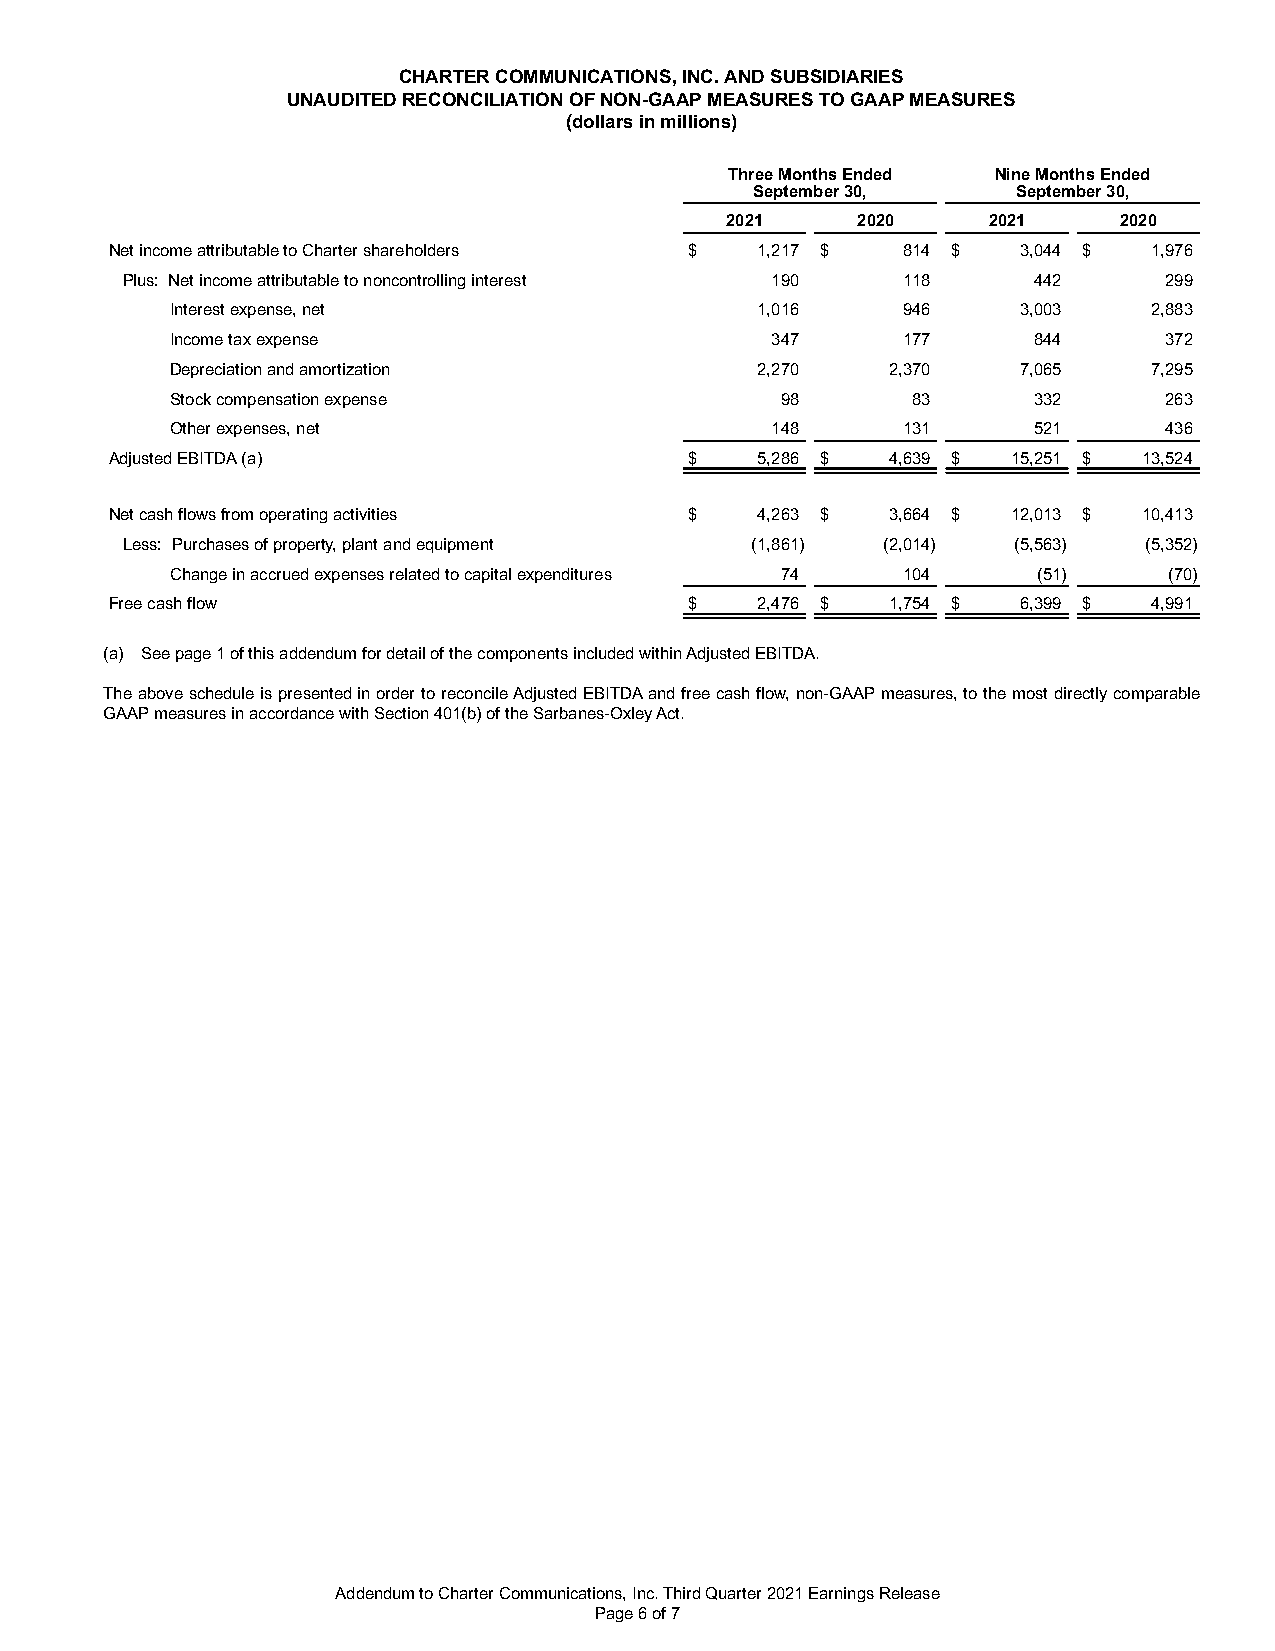
CHARTER COMMUNICATIONS, INC. AND SUBSIDIARIES
 UNAUDITED RECONCILIATION OF NON-GAAP MEASURES TO GAAP MEASURES
 (dollars in millions)
 Three Months Ended Nine Months Ended
 September 30,    September 30,
 2021     2020    2021     2020
 Net income attributable to Charter shareholders $ 1,217 $ 814 $ 3,044 $ 1,976
 Plus: Net income attributable to noncontrolling interest 190 118 442 299
 Interest expense, net                  1,016     946     3,003   2,883
 Income tax expense                      347      177     844      372
 Depreciation and amortization          2,270    2,370    7,065   7,295
 Stock compensation expense               98      83      332      263
 Other expenses, net                     148      131     521      436
 Adjusted EBITDA (a)                    $   5,286 $  4,639 $ 15,251 $ 13,524
 Net cash flows from operating activities $ 4,263 $  3,664 $ 12,013 $ 10,413
 Less: Purchases of property, plant and equipment (1,861) (2,014) (5,563) (5,352)
 Change in accrued expenses related to capital expenditures 74 104 (51) (70)
 Free cash flow                         $   2,476 $  1,754 $  6,399 $ 4,991
 (a) See page 1 of this addendum for detail of the components included within Adjusted EBITDA.
 The above schedule is presented in order to reconcile Adjusted EBITDA and free cash flow, non-GAAP measures, to the most directly comparable
 GAAP measures in accordance with Section 401(b) of the Sarbanes-Oxley Act.
 Addendum to Charter Communications, Inc. Third Quarter 2021 Earnings Release
 Page 6 of 7